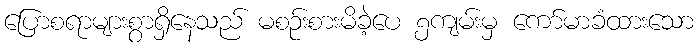
ပြောစရာများစွာရှိနေသည် မစဉ်းစားမိခဲ့ပေ ၅ကျမ်းမှ ကော်မာခံထားသော